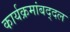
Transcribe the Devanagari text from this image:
कार्यक्रमांबद्दल